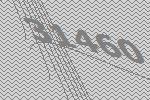
31460